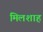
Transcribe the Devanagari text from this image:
मिलशाह